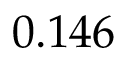
0 . 1 4 6